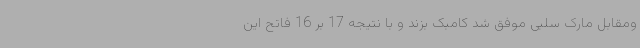
ومقابل مارک سلبی موفق شد کامبک بزند و با نتیجه 17 بر 16 فاتح این